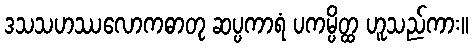
ဒသသဟဿလောကဓာတု ဆပ္ပကာရံ ပကမ္ပိတ္ထ ဟူသည်ကား။